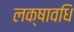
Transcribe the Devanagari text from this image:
लक्षावधि